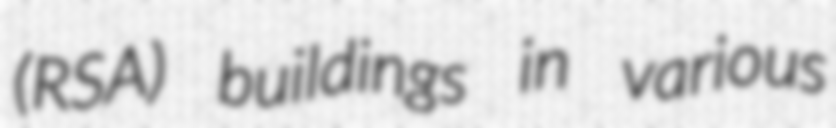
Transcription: (RSA) buildings in various